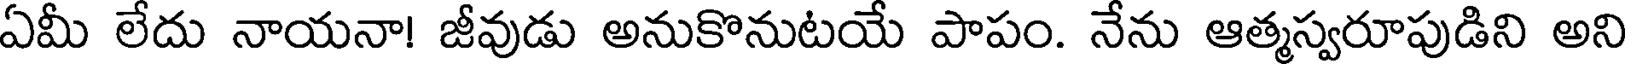
ఏమీ లేదు నాయనా! జీవుడు అనుకొనుటయే పాపం. నేను ఆత్మస్వరూపుడిని అని